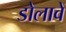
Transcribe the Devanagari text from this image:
डोलावें